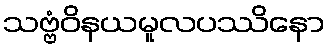
သဗ္ဗံဝိနယမူလပဿိနော